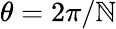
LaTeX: \theta=2\pi/\mathbb{N}